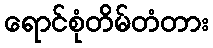
ရောင်စုံတိမ်တံတား